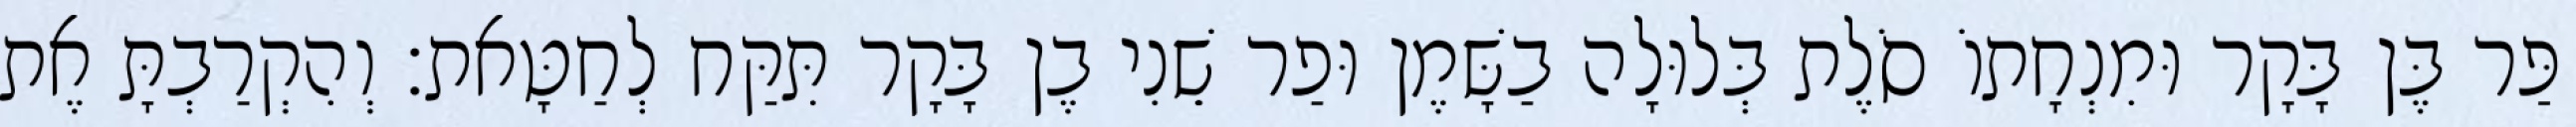
פַּר בֶּן בָּקָר וּמִנְחָתוֹ סֹלֶת בְּלוּלָה בַשָּׁמֶן וּפַר שֵׁנִי בֶן בָּקָר תִּקַּח לְחַטָּאת׃ וְהִקְרַבְתָּ אֶת